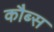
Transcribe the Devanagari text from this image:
कौब्स